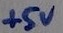
Text: +5V